Report of the Indian Hemp Drugs Commission, 1894-1895 - Volume VII
Year: 1894
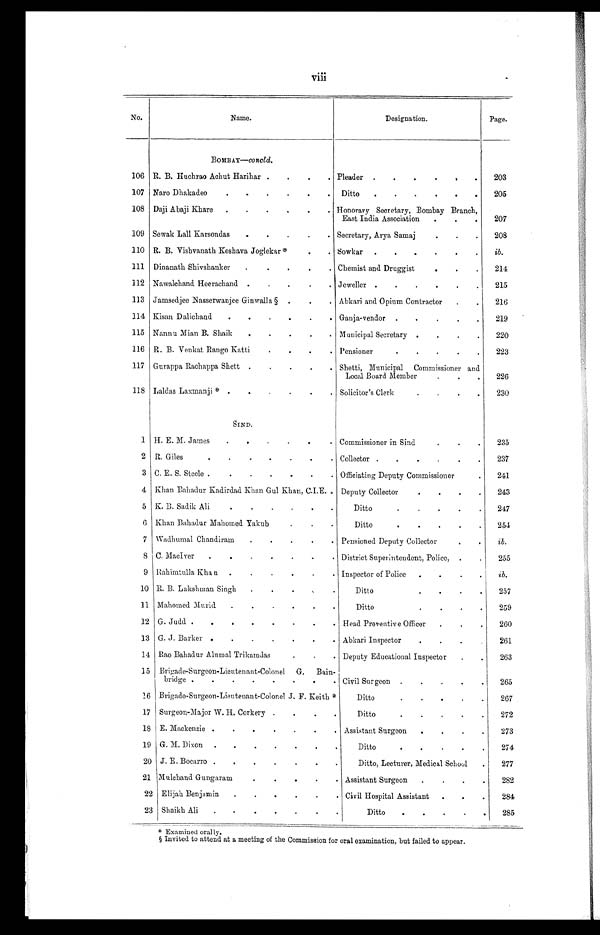
viii
No.
N a m e .
Designation.
Page.
BOMBAY —concld.
106 R. B. Huchrao Achut Harihar . . .
Pleader . . .
203
107 Naro Dhakadeo . . .
Ditto . . .
205
108 Daji Abaji Khare . . .
Honorary Secretary, Bombay Branch,
East India Association . . .
207
109 Sewak Lall Karsondas . . .
Secretary, Arya Samaj . . .
208
110 R. B. Vishvanath Keshava Joglekar* . . .
Sowkar . . .
ib.
1 1 1 Dinanath Shivshanker . . .
Chemist and Druggist . . .
214
112 Nawalchand Heerachand . . .
Jeweller . . .
215
113 Jamsedjee Nasserwanjee Ginwalla § . . .
Abkari and. Opium Contractor . . .
216
114 Kisan Dalichand . . .
Ganja-vendor . . .
219
115 Nannu Mian B. Shaik . . .
Municipal Secretary . . .
220
116 R. B. Venkat Rango Katti . . .
Pensioner . . .
223
117 Gurappa Rachappa Shett . . .
Shetti, Municipal Commissioner and
Local Board Member . . .
226
118 Laldas Laxmanji * . . .
Solicitor's Clerk . . .
230
SIND.
1 H. E. M. James . . .
Commissioner in Sind . . .
235
2 R. Giles . . .
Collector . . .
237
3 C. E. S. Steele . . .
Officiating Deputy Commissioner . . .
241
4 Khan Bahadur Kadirdad Khan Gul Khan, C.I.E. Deputy Collector . . .
243
5 K. B. Sadik Ali . . .
Ditto . . .
247
6 Khan Bahadur Mahomed Yakub . . .
Ditto . . .
254
7 Wadhumal Chandiram . . .
Pensioned Deputy Collector . . .
ib.
8 C. MacIver . . .
District Superintendent, Police, . . .
255
9
Riahimtulla Khan . . .
Inspector of Police . . .
ib.
10 R. B. Lakshman Singh . . .
Ditto . . .
257
11 Mahomed Murid . . .
Ditto . . .
259
12 G. Judd . . .
Head Preventive Officer . . .
260
13 G. J. Barker . . .
Abkari Inspector . . .
261
14 Rao Bahadur Alumal Trikamdas . . .
Deputy Educational Inspector . . .
263
15 Brigade-Surgeon-Lieutenant-Colonel G Bain
-
bridge . . .
Civil Surgeon . . .
265
1 6 B r i g a d e - S u r g e o n - L i e u t e n a n t - C o l o n e l J . F . K e i t h *
Ditto . . .
267
1 7 S u r g e o n - M a j o r W . H . C o r k e r y . . .
Ditto . . .
272
1 8 E . M a c k e n z i e . . .
Assistant Surgeon . . .
273
1 9 G . M . D i x o n . . .
Ditto . . .
274
2 0
J . E . B o c a r r o . . .
Ditto, Lecturer, Medical School
277
2 1 M u l c h a n d G u n g a r a m . . .
Assistant Surgeon . . .
282
2 2
Elijah Benjamin . . .
Civil Hospital Assistant . . .
284
2 3
Shaikh Ali . . .
Ditto . . .
285
* E x a m i n e d o r a l l y .
§ Invited to attend at a meeting of the Commission for oral examination, but failed to appear.